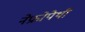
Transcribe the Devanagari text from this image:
नेफ्रोपेथी